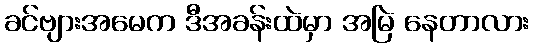
ခင်ဗျားအမေက ဒီအခန်းထဲမှာ အမြဲ နေတာလား